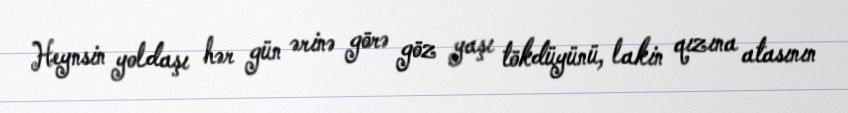
Heynsin yoldaşı hər gün ərinə görə göz yaşı tökdüyünü, lakin qızına atasının